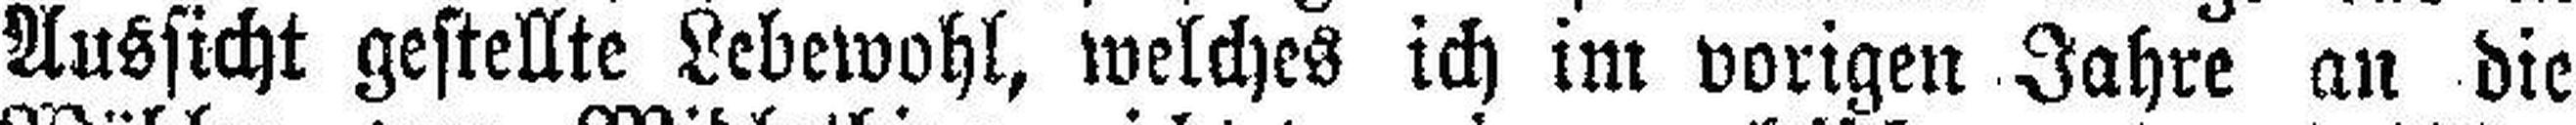
Aussicht gestellte Lebewohl, welches ich im vorigen Jahre an die